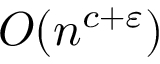
O ( n ^ { c + \varepsilon } )